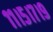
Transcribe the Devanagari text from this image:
११।५।७।९